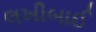
લખીબાઈ